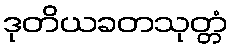
ဒုတိယခတသုတ္တံ